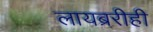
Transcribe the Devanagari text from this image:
लायब्ररीही